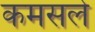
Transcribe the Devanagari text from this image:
कमसले